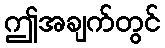
ဤအချက်တွင်